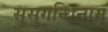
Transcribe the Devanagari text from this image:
सुसुगन्धिनाम्